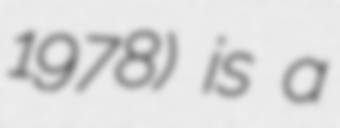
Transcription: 1978) is a